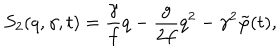
LaTeX: S _ { 2 } ( q , \gamma , t ) = \frac { \gamma } { f } q - \frac { g } { 2 f } q ^ { 2 } - \gamma ^ { 2 } \tilde { \varphi } ( t ) ,